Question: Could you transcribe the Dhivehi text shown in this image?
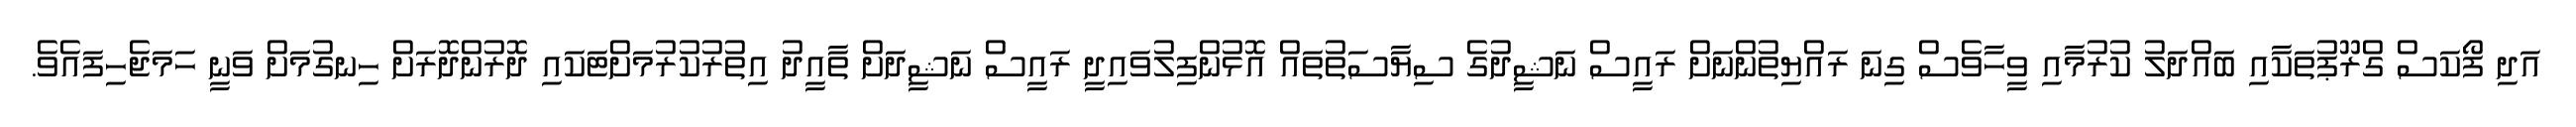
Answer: އަދި ފޯކަސް ގްރޫޕުތަކާއި ބައްދަލު ކުރުމާއި ވީހާވެސް ގިނަ ރައްޔިތުންނަށް ރައީސް ނަޝީދުގެ ސިޔާސަތުތައް އޮޅުންފިލުވައިދީ ރައީސް ނަޝީދަށް ތާއީދު އިތުރުކުރުމަށްޓަކައި ދޮރުންދޮރަށް ހިނގުމަށް ވަނީ ހަމަޖެހިފައެވެ.